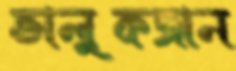
ভালুকজান